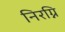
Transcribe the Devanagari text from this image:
निरग्नि